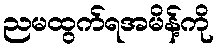
ညမထွက်ရအမိန့်ကို